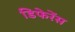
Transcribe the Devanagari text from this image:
डिफेरेंस